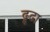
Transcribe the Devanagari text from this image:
ढ्ढढा